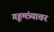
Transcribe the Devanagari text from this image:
गृहमंत्र्यावर